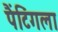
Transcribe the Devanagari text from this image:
पैंटिंगला